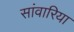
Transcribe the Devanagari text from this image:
सांवारिया